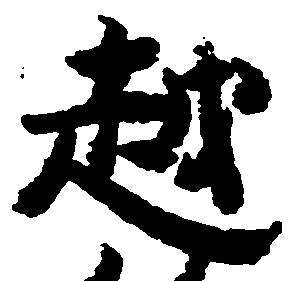
越